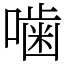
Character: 噛